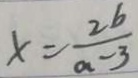
x = \frac { 2 b } { a - 3 }